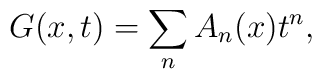
G(x,t) = \sum_n A_n(x) t^n ,